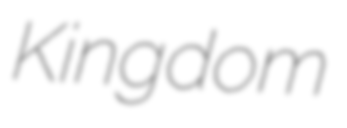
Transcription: Kingdom